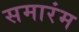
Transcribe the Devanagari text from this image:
समारंम